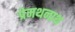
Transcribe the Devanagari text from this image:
प्रेमथनाथ